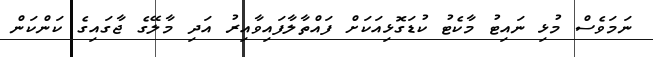
ނަމަވެސް މުޅި ނައިޓު މާކެޓު ކުޑަގޮޅިއަކަށް ފައްތާލާފައިވާއިރު އަދި މާލޭގެ ޖާގައިގެ ކަންކަން